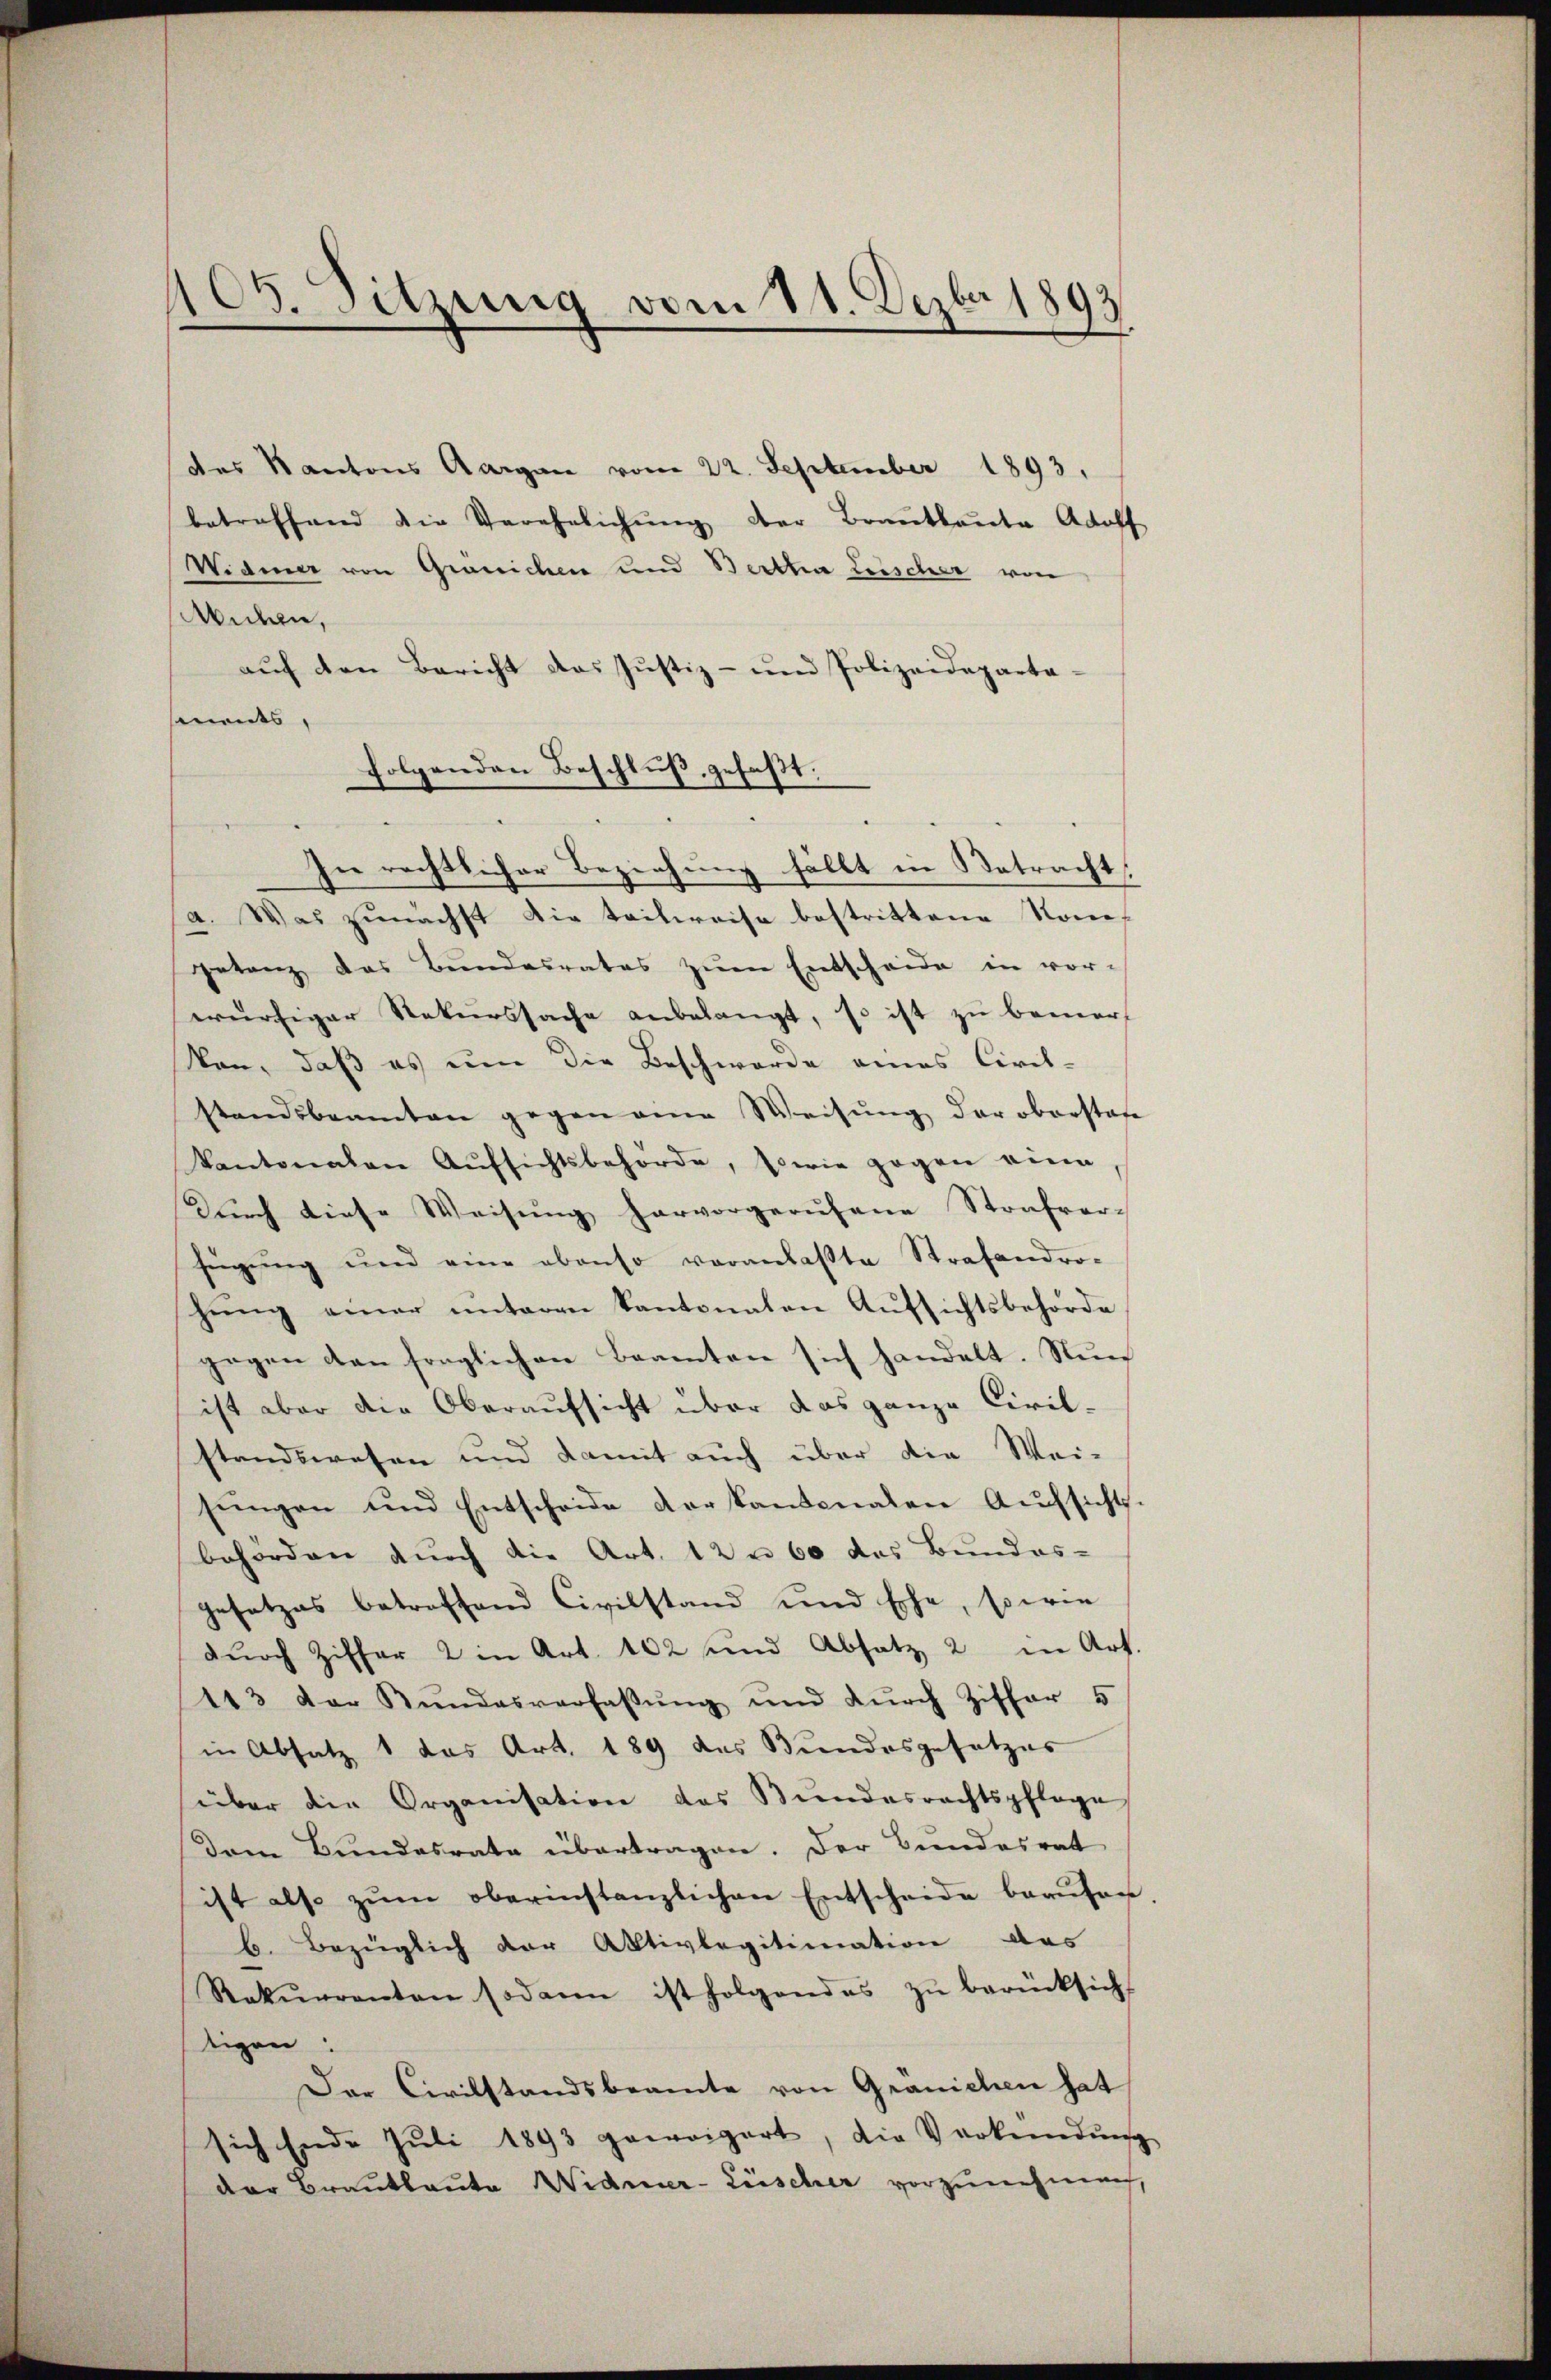
105. Sitzung vom 11. Dezbr 1893

des Kantons Aargau vom 22. September 1893.
betreffend die Verehelichung der Brautleute Adoff
Widmer von Gränichen und Bertha Leischer von
Midern,
auf den Bericht das Justiz- und Polizeidepartamnents,
folgenden Beschluß, gefaßt:
In rechtlicher Beziehung fällt in Betracht,
a. Was zunächst die teilweise bestrittene Nomigetanz das Bundesrates zum Entscheide in vor-
würfiger Rekurssache anbelangt, so ist zu bemeron, daß es um die Beschwerde eines Civil-
standsbeamten gegen aine Weisŭng der oberstate
Kantonalen Aŭfsichtsbehörde, sowie gegen eine
Dŭrch diese Weisŭng hervorgerufene Strafver-
fügung und eine ebenso veranlaßte Strafandro-
hŭng einer unteren kantonaten Aŭfsichtsbehörde
gegen den fraglichen Beamten sich handelt. Nun
ist aber die Oberaufsicht über das ganze Civil-
standswesen und damit auch über die Wei-
sŭngen und Entscheide verkantonalen Aŭfsichts.
behörden durch die Art. 12 u 60 das Bundes-
gesetzes betreffend Civilstand und Ehe, sowie
dŭrch Ziffer 2 in Art. 102 und Absatz 2 in Art.
113 der Stŭndesverfassŭng und dŭrch Ziffer 5
in Absatz 1 das Art. 189 des Bundesgesetzes
über die Organisation des Bŭndesrechtspflege
Dem Bundesrate übertragen. Der Bundesrat
ist also zŭm oberinstanzlichen Entscheide beaŭfan
b. Bezüglich der Aktivlegitimation das
Rekŭrrenten sodann ist folgendes zŭ berücksicht
tigen:
Der Civilstandsbeamte von Gränichen hat
sich Ende Juli 1893 geweigert, die Verkendŭng
der Brautleute Widmer- Lüscher vorzunehmen,